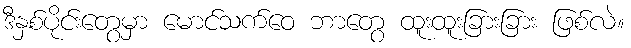
ဒီနှစ်ပိုင်းတွေမှာ မောင်သက်ဝေ ဘာတွေ ထူးထူးခြားခြား ဖြစ်လဲ။